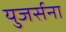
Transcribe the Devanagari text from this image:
युजर्सना